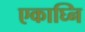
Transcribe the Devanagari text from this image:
एकाघ्नि